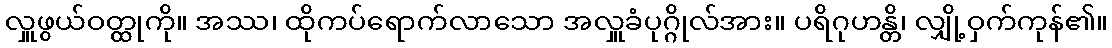
လှူဖွယ်ဝတ္ထုကို။ အဿ၊ ထိုကပ်ရောက်လာသော အလှူခံပုဂ္ဂိုလ်အား။ ပရိဂုဟန္တိ၊ လျှို့ဝှက်ကုန်၏။